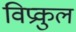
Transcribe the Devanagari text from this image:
विप्रकुल